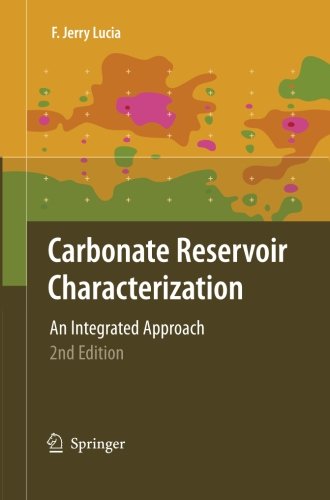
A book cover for Carbonate Reservoir Characterization: An Integrated Approach; F. Jerry Lucia; Science & Math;